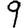
Digit: 9